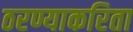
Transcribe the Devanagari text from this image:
ठरण्याकरिता